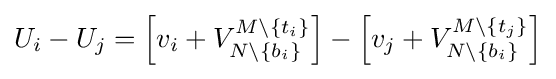
U_{i}-U_{j}=\left[v_{i}+V_{N\setminus \{b_{i}\}}^{M\setminus \{t_{i}\}}\right]-\left[v_{j}+V_{N\setminus \{b_{i}\}}^{M\setminus \{t_{j}\}}\right]